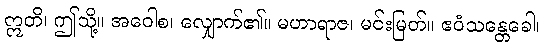
ဣတိ၊ ဤသို့။ အဝေါစ၊ လျှောက်၏။ မဟာရာဇ၊ မင်းမြတ်။ ဧဝံသန္တေခေါ၊